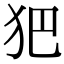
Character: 𤜱